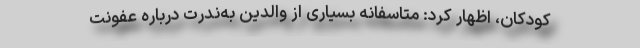
کودکان، اظهار کرد: متاسفانه بسیاری از والدین به‌ندرت درباره عفونت